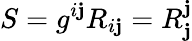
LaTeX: S=g^{i\mathbf{j}}R_{i\mathbf{j}}=R_{\mathbf{j}}^{\mathbf{j}}